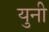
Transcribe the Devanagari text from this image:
युनी